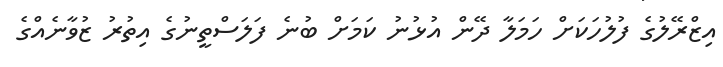
އިޒްރޭލުގެ ފުލުހަަކަށް ހަމަލާ ދޭން އުޅުނު ކަމަށް ބުނެ ފަލަސްތީނުގެ އިތުރު ޒުވާނެއްގެ